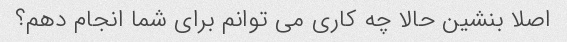
اصلا بنشین حالا چه کاری می توانم برای شما انجام دهم؟